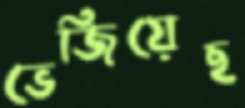
ভেজিয়েছ